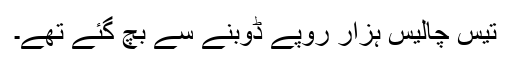
تیس چالیس ہزار روپے ڈوبنے سے بچ گئے تھے۔